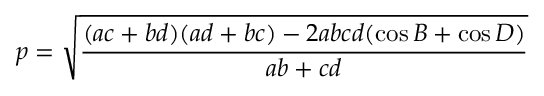
p = { \sqrt { \frac { ( a c + b d ) ( a d + b c ) - 2 a b c d ( \cos { B } + \cos { D } ) } { a b + c d } } }